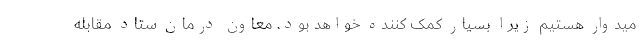
میدوار هستیم زیرا بسیار کمک کننده خواهد بود. معاون درمان ستاد مقابله